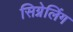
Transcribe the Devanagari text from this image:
सिग्नेलिंग